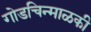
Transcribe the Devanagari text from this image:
गोडचिन्माळकी